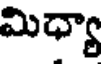
మిధ్యా